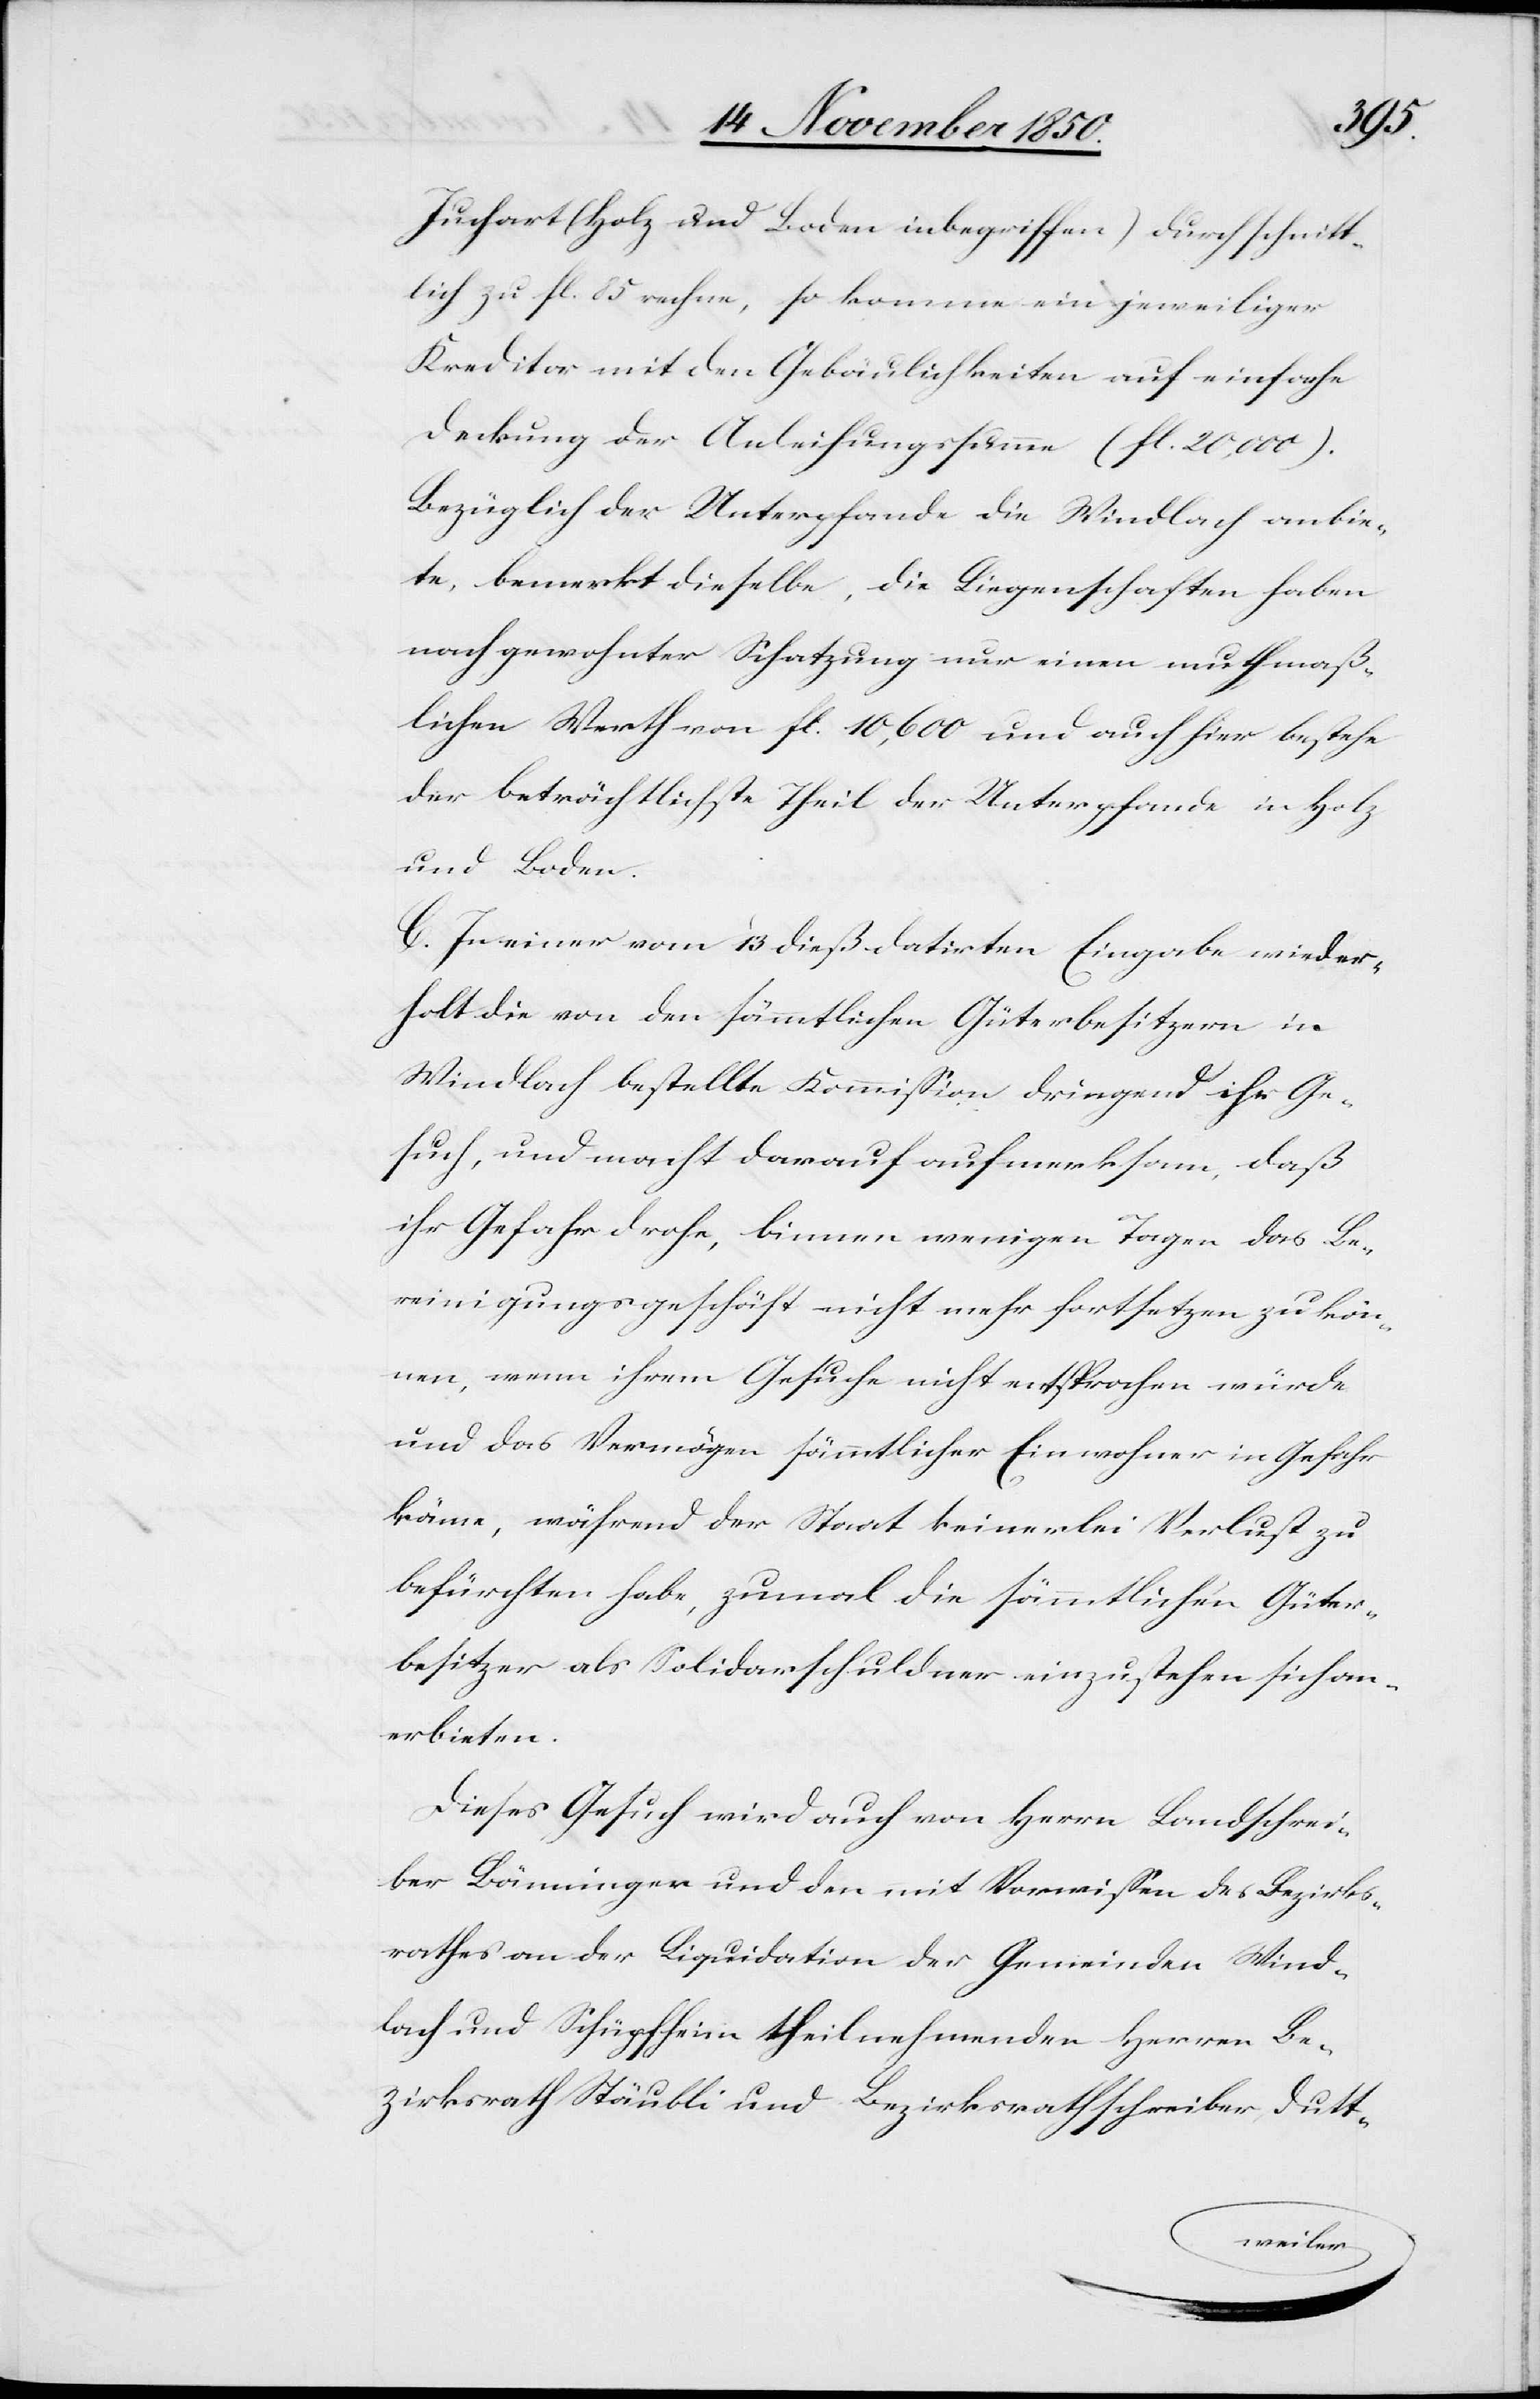
Juchart (Holz und Boden inbegriffen) durchschnitt¬
lich zu fl. 85 rechne, so komme ein jeweiliger
Kreditor mit den Gebäulichkeiten auf einfache
Deckung der Anleihungssumme (fl. 20,000).
Bezüglich der Unterpfande die Windlach anbie¬
te, bemerkt dieselbe, die Liegenschaften haben
nach gewohnter Schatzung nur einen muthmaß¬
lichen Werth von fl. 10,600 und auch hier bestehe
der beträchtlichste Theil der Unterpfande in Holz
und Boden.
C. In einer vom 13 dieß datirten Eingabe wieder¬
holt die von den sämmtlichen Güterbesitzern in
Windlach bestellte Kommission dringend ihr Ge¬
such, und macht darauf aufmerksam, daß
ihr Gefahr drohe, binnen wenigen Tagen das Be¬
reinigungsgeschäft nicht mehr fortsetzen zu kön¬
nen, wenn ihrem Gesuche nicht entsprochen würde
und das Vermögen sämmtlicher Einwohner in Gefahr
käme, während der Staat keinerlei Verlust zu
befürchten habe, zumal die sämmtlichen Güter¬
besitzer als Solidarschuldner einzustehen sich an¬
erbieten.
Dieses Gesuch wird auch von Herrn Landschrei¬
ber Bänninger und den mit Vorwissen des Bezirks¬
rathes an der Liquidation der Gemeinden Wind¬
lach und Schüpfheim theilnehmender Herren Be¬
zirksrath Stäubli und Bezirkrathsschreiber Dutt-